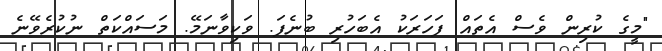
"މީގެ ކުރިން ވެސް އެތައް ފަހަރަކު އެބަހުރި ބުނެފަ. ވަކިވާނަމޭ. މަސައްކަތް ނުކުރެވޭނެ